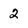
Character: 2